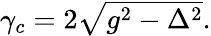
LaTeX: \begin{array}{r}{\gamma_{c}=2\sqrt{g^{2}-\Delta^{2}}.}\end{array}